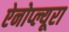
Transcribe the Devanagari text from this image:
ऐनोप्ल्यूरा